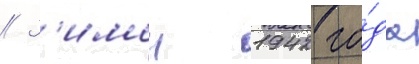
// З'имои 1942 го́да